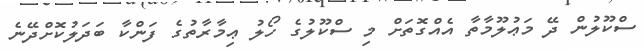
ސްކޫލުން ދޭ މަޢުލޫމާތާ އެއްގޮތަށް މި ސްކޫލުގެ ހޯލު ޢިމާރާތުގެ ފަންކާ ބަދަލުކޮށްދޭނެ